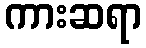
ကားဆရာ